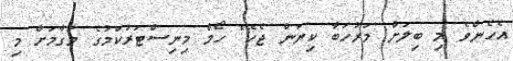
އެހެންވެ މި ބިލަށް މަރުހަބާ ކިޔަން ޖެހޭ" ހޯމް މިނިސްޓަރުކަމުގެ މަގާމަށް މި